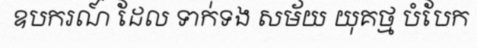
ឧបករណ៍ ដែល ទាក់ទង សម័យ យុគថ្ម បំបែក